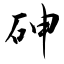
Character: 砷